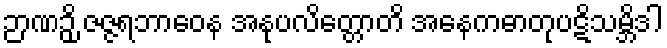
ဉာဏဉှိ ဇဇ္ဇရဘာဝေန အနုပလိတ္တောတိ အနေကဓာတုပဋိသမ္ဘိဒါ